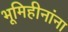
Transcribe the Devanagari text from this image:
भूमिहीनांना